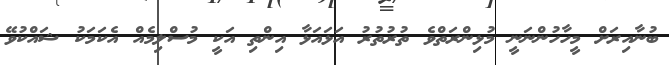
ބުނާއިރަށް މީހާހުންނަނީ މުޅިންރަތްވެ ތުރުތުރު އަޅައަޅާ އިންތި އަކީ މުސްލިމެއް އެކަމަކު ޝައްކުވޭ